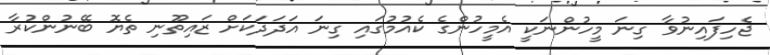
ޖެހިފައިނުވާ ގިނަ މީހުންނަކީ އެމީހުންގެ ކެއުމުގައި ގިނަ އަދަދަކަށް ޒައިތޫނި ތެޔޮ ބޭނުންކުރާ